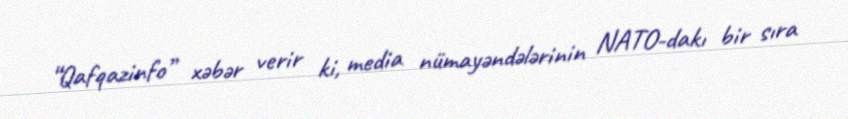
“Qafqazinfo” xəbər verir ki, media nümayəndələrinin NATO-dakı bir sıra